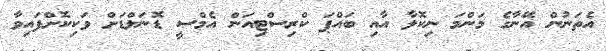
އެތަނުން އޭނާގެ މަންމަ ނިކޮލާ އާއި ބައްޕަ ކްރިސްޓިއަން އެމްސީ ޑޮނަލްޑަށް ވަކިކޮށްފައިވާ